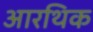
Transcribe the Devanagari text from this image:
आरथिक